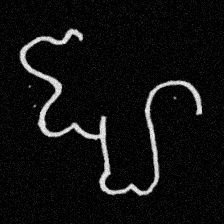
Pyu character \u2014 Myanmar letter: ဈ (romanized: jha)